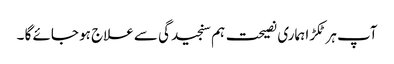
آپ ہر ٹکڑا ہماری نصیحت ہم سنجیدگی سے علاج ہو جائے گا ۔